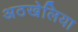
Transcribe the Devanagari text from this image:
अठखेलिया